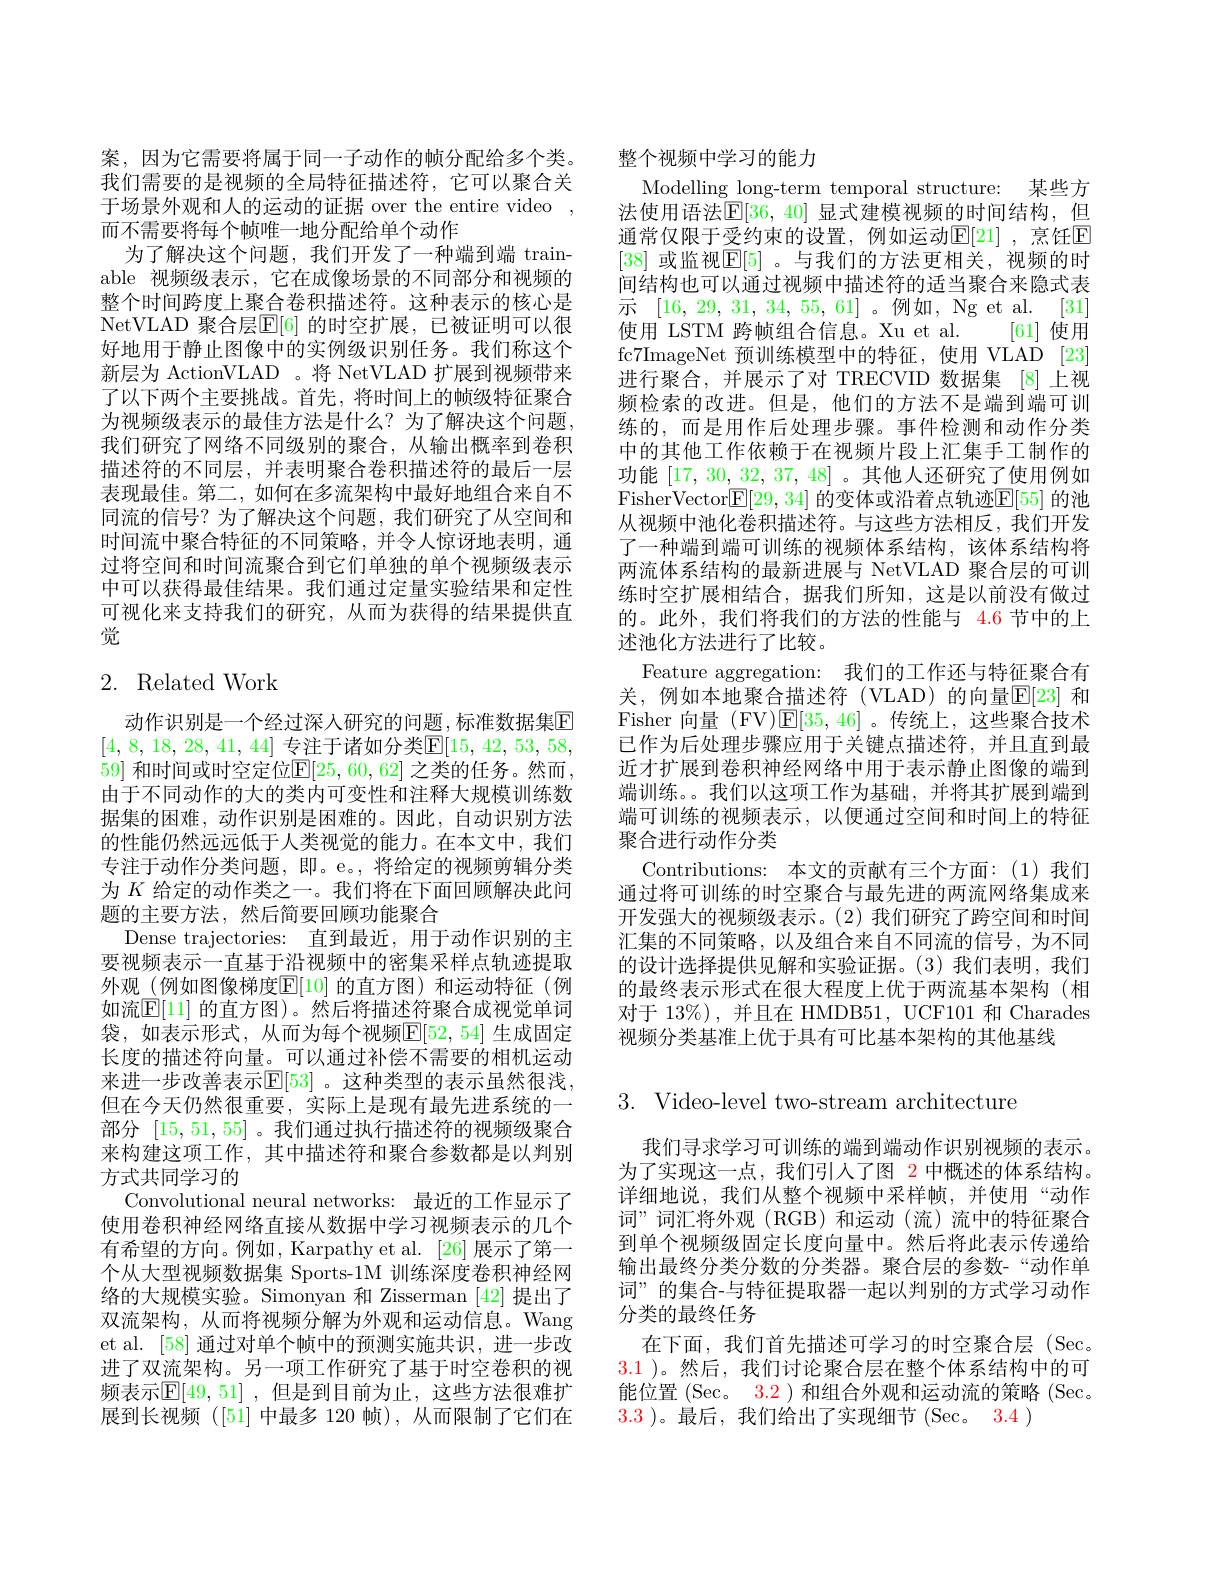
案，因为它需要将属于同一子动作的帧分配给多个类。我们需要的是视频的全局特征描述符，它可以聚合关于场景外观和人的运动的证据 over the entire video , 而不需要将每个帧唯一地分配给单个动作
为了解决这个问题，我们开发了一种端到端 trainable 视频级表示，它在成像场景的不同部分和视频的整个时间跨度上聚合卷积描述符。这种表示的核心是NetVLAD 聚合层$\mathbb{E}[6]$ 的时空扩展，已被证明可以很好地用于静止图像中的实例级识别任务。我们称这个新层为 ActionVLAD 。将 NetVLAD 扩展到视频带来了以下两个主要挑战。首先，将时间上的帧级特征聚合为视频级表示的最佳方法是什么？为了解决这个问题， 我们研究了网络不同级别的聚合，从输出概率到卷积描述符的不同层，并表明聚合卷积描述符的最后一层表现最佳。第二，如何在多流架构中最好地组合来自不同流的信号？为了解决这个问题，我们研究了从空间和时间流中聚合特征的不同策略，并令人惊讶地表明，通过将空间和时间流聚合到它们单独的单个视频级表示中可以获得最佳结果。我们通过定量实验结果和定性可视化来支持我们的研究，从而为获得的结果提供直觉

# 2. Related Work

动作识别是一个经过深人研究的问题，标准数据集$\mathbb{E}$ [4, 8, 18, 28, 41, 44] 专注于诸如分类$\boxed{\mathrm{F} }[ 15$, 42, 53, 58, 59] 和时间或时空定位$\mathbb{E}[25,60,62]$ 之类的任务。然而， 由于不同动作的大的类内可变性和注释大规模训练数据集的困难，动作识别是困难的。因此，自动识别方法的性能仍然远远低于人类视觉的能力。在本文中，我们专注于动作分类问题，即。e。,将给定的视频剪辑分类为$K$给定的动作类之一。我们将在下面回顾解决此问题的主要方法，然后简要回顾功能聚合
Dense trajectories: 直到最近，用于动作识别的主要视频表示一直基于沿视频中的密集采样点轨迹提取外观(例如图像梯度$\mathbb{E}[10]$ 的直方图)和运动特征(例如流$\mathbb{E}[1]$ 的直方图)。然后将描述符聚合成视觉单词袋，如表示形式，从而为每个视频$\mathbb{E}[52,54]$ 生成固定长度的描述符向量。可以通过补偿不需要的相机运动来进一步改善表示$\mathbb{E}[53]$ 。这种类型的表示虽然很浅， 但在今天仍然很重要，实际上是现有最先进系统的一部分[15,51,55] 。我们通过执行描述符的视频级聚合来构建这项工作，其中描述符和聚合参数都是以判别方式共同学习的
Convolutional neural networks: 最近的工作显示了使用卷积神经网络直接从数据中学习视频表示的几个有希望的方向。例如，Karpathv et al. |26|展示了第一个从大型视频数据集 Sports-1M 训练深度卷积神经网络的大规模实验。Simonyan 和 Zisserman [42] 提出了双流架构，从而将视频分解为外观和运动信息。Wang et al. [58] 通过对单个帧中的预测实施共识，进一步改进了双流架构。另一项工作研究了基于时空卷积的视频表示$\mathbb{E}[49,51]$ ,但是到目前为止，这些方法很难扩展到长视频([51]中最多 120 帧),从而限制了它们在

整个视频中学习的能力
Modelling long-term temporal structure: 某些方法使用语法$\mathbb{E}[36,40]$ 显式建模视频的时间结构，但通常仅限于受约束的设置，例如运动$\mathbb{E}[21]$ ,烹饪$\mathbb{E}$ [38] 或监视$\mathbb{E}[5]$ 。与我们的方法更相关，视频的时间结构也可以通过视频中描述符的适当聚合来隐式表示[16,29,31,34,55,61]。例如，Nget al.[31] 使用 LSTM 跨帧组合信息。Xu et al. [61] 使用fc7ImageNet 预训练模型中的特征，使用 VLAD [23] 进行聚合，并展示了对 TRECVID 数据集 [8] 上视频检索的改进。但是，他们的方法不是端到端可训练的，而是用作后处理步骤。事件检测和动作分类中的其他工作依赖于在视频片段上汇集手工制作的功能[17,30,32,37,48]。其他人还研究了使用例如FisherVector$[ \mathbb{F} [ 29, 34]$ 的变体或沿着点轨迹$\mathbb{E}[55]$ 的池从视频中池化卷积描述符。与这些方法相反，我们开发了一种端到端可训练的视频体系结构，该体系结构将两流体系结构的最新进展与 NetVLAD 聚合层的可训练时空扩展相结合，据我们所知，这是以前没有做过的。此外，我们将我们的方法的性能与 4.6 节中的上述池化方法进行了比较。
Feature aggregation: 我们的工作还与特征聚合有关，例如本地聚合描述符(VLAD)的向量$\mathbb{E}[23]$ 和Fisher 向量 (FV)$\mathsf{E}[35,46]$。传统上，这些聚合技术已作为后处理步骤应用于关键点描述符，并且直到最近才扩展到卷积神经网络中用于表示静止图像的端到端训练。。我们以这项工作为基础，并将其扩展到端到端可训练的视频表示，以便通过空间和时间上的特征聚合进行动作分类
Contributions: 本文的贡献有三个方面：(1)我们通过将可训练的时空聚合与最先进的两流网络集成来开发强大的视频级表示。(2) 我们研究了跨空间和时间汇集的不同策略，以及组合来自不同流的信号，为不同的设计选择提供见解和实验证据。(3)我们表明，我们的最终表示形式在很大程度上优于两流基本架构(相对于 13%), 并且在 HMDB51, UCF101 和 Charades 视频分类基准上优于具有可比基本架构的其他基线

3. Video-level two-stream architecture

我们寻求学习可训练的端到端动作识别视频的表示。为了实现这一点，我们引入了图 2 中概述的体系结构。详细地说，我们从整个视频中采样帧，并使用“动作词”词汇将外观(RGB)和运动(流)流中的特征聚合到单个视频级固定长度向量中。然后将此表示传递给输出最终分类分数的分类器。聚合层的参数-“动作单词”的集合-与特征提取器一起以判别的方式学习动作分类的最终任务
在下面，我们首先描述可学习的时空聚合层(Sec。3.1 )。然后，我们讨论聚合层在整个体系结构中的可能位置(Sec。$\color{red}{3.2}$)和组合外观和运动流的策略(Sec。3.3 )。最后，我们给出了实现细节 (Sec。3.4